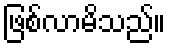
ဖြစ်လာမိသည်။